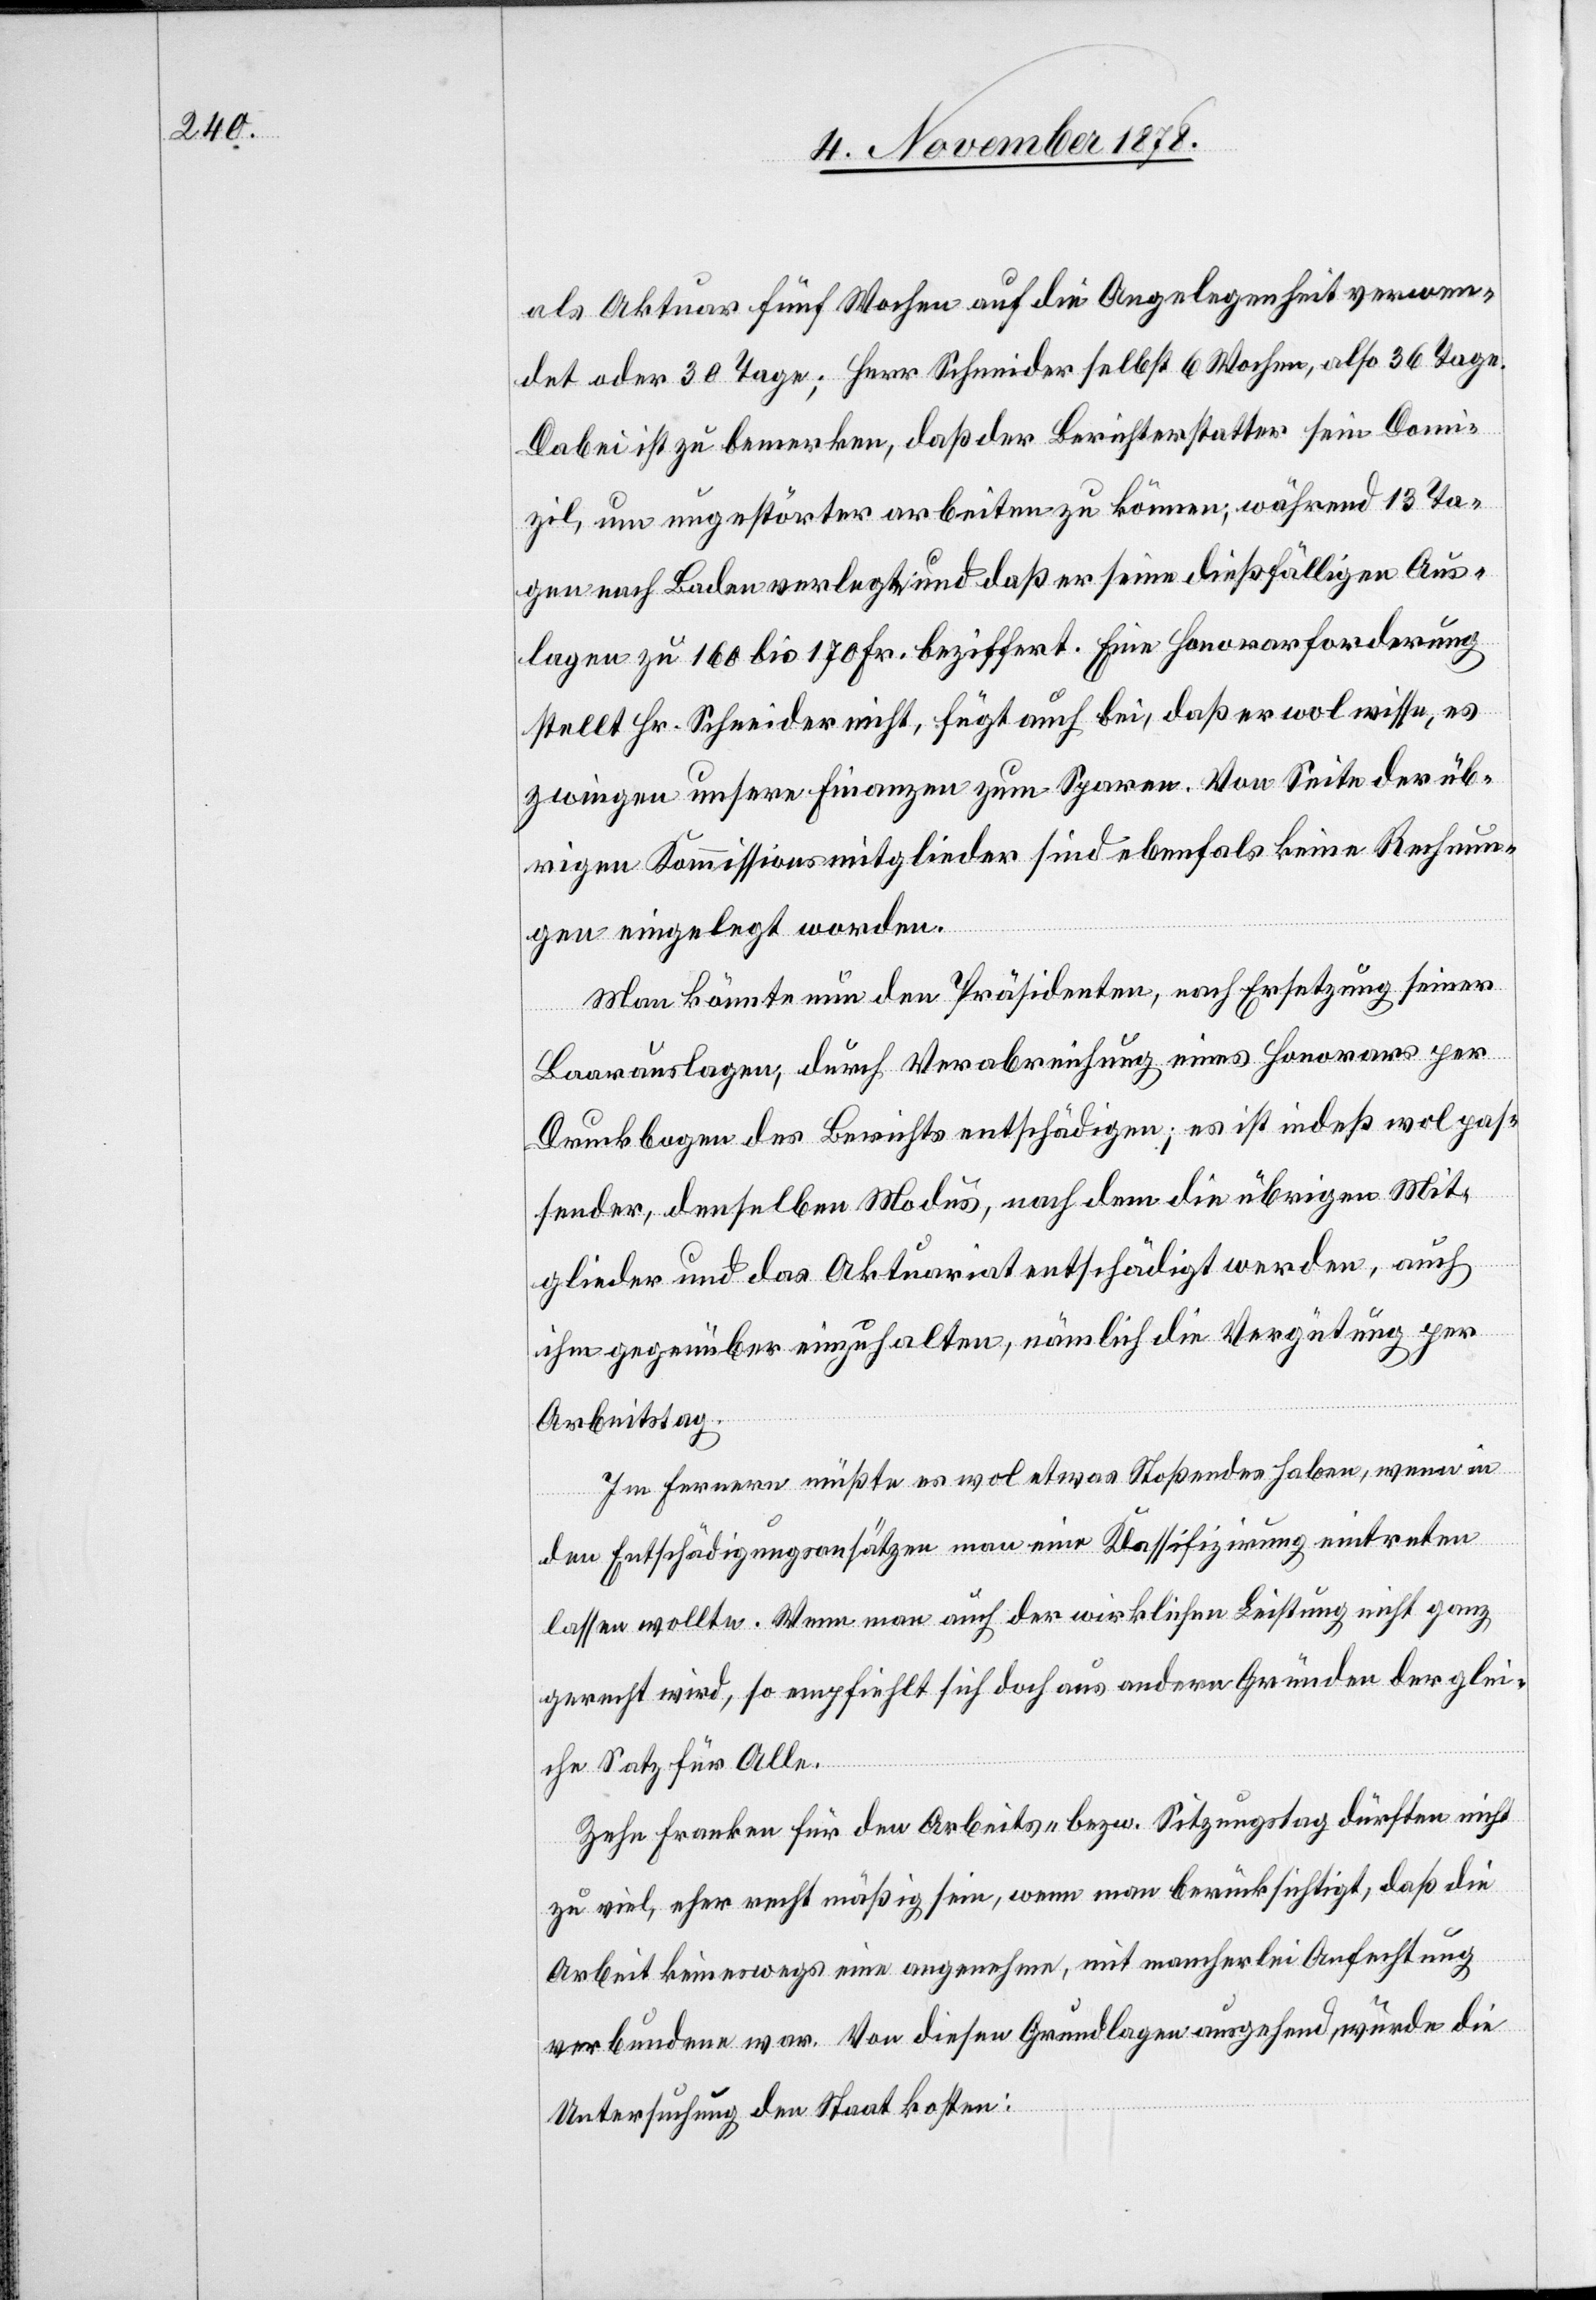
als Aktuar fünf Wochen auf die Angelegenheit verwen¬
det oder 30 Tage; Herr Schneider selbst 6 Wochen, also 36 Tage.
Dabei ist zu bemerken, daß der Berichterstatter sein Domi¬
zil, um ungestörter arbeiten zu können, während 13 Ta¬
gen nach Baden verlegt und daß er seine dießfälligen Aus¬
lagen zu 160 bis 170 Fr. beziffert. Eine Honorarforderung
stellt Hr. Schneider nicht, fügt auch bei, daß er wol wisse, es
zwingen unsere Finanzen zum Sparen. Von Seite der üb¬
rigen Kommissionsmitglieder sind ebenfals keine Rechnun¬
gen eingelegt worden.
Man könnte nun den Präsidenten, nach Ersetzung seiner
Bauauslagen, durch Verabreichung eines Honorars per
Druckbogen des Berichts entschädigen; es ist indeß wol pas¬
sender, denselben Modus, nach dem die übrigen Mit¬
glieder und das Aktuariat entschädigt werden, auch
ihm gegenüber einzuhalten, nämlich die Vergütung per
Arbeitstag.
Im Ferneren müßte es wol etwas Stoßendes haben, wenn in
den Entschädigungsansätzen man eine Klassifizirung eintreten
lassen wollte. Wenn man auch der wirklichen Leistung nicht ganz
gerecht wird, so empfiehlt sich doch aus andern Gründen der glei¬
che Satz für Alle.
Zehn Franken für den Arbeits- bezw. Sitzungstag dürften nicht
zu viel, eher recht mäßig sein, wenn man berücksichtigt, daß die
Arbeit keineswegs eine angenehme, mit mancherlei Anfechtung
verbunden war. Von diesen Grundlagen ausgehend würde die
Untersuchung den Staat kosten: